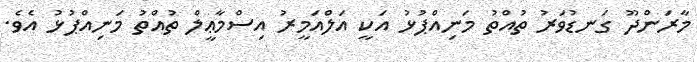
މާރަންދޫ ގަނޑުވަރު ތުއްތު މަނިއްޕުޅު އަކީ އަލްއަމީރު އިސްމާޢީލް ތުއްތު މަނިއްޕުޅު އެވެ.